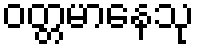
ဝတ္တမာနေသု